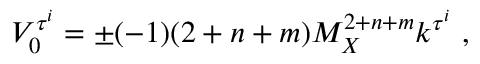
V _ { 0 } ^ { \tau ^ { i } } = \pm ( - 1 ) ( 2 + n + m ) M _ { X } ^ { 2 + n + m } k ^ { \tau ^ { i } } ~ , ~ \,